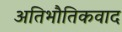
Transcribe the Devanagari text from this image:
अतिभौतिकवाद